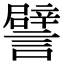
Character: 譬